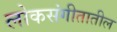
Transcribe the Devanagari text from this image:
लोकसंगीतातील